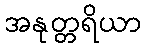
အနုတ္တရိယာ